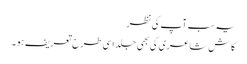
یہ سب آپ کی نظر
کاش شاعری کی بھی جلد اسی طرح تعریف ہو ۔